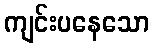
ကျင်းပနေသော